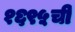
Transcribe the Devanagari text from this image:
१६९५ची